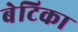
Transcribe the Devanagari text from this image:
बेटिका